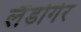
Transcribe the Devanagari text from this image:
लैंडोगेर